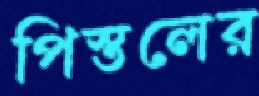
পিস্তলের